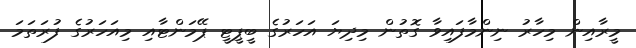
މީރާއިން މިހާރު ނިންމާފައިވާ ގޮތުން މިދިޔަ އަހަރުގެ ބީޕީޓީ ޕޭމަންޓާއި މިއަހަރުގެ ފުރަތަމަ